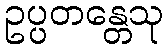
ဥပ္ပတန္တေသု